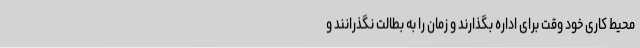
محیط کاری خود وقت برای اداره بگذارند و زمان را به بطالت نگذرانند و